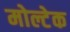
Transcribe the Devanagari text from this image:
मोल्टेक